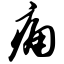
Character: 痛